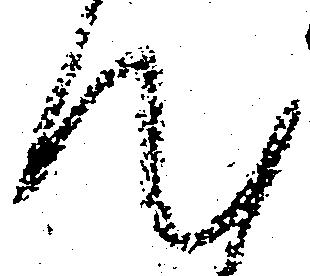
汰